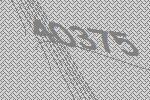
40375